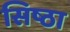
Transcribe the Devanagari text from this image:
सिष्ठा